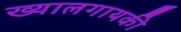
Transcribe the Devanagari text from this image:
ख्यालगायकी